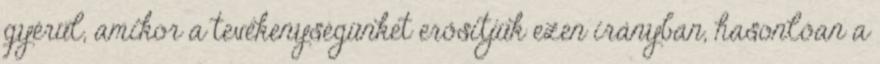
gyérül, amikor a tevékenységünket erősítjük ezen irányban, hasonlóan a